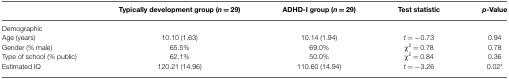
<table><thead><tr><td></td><td><b>Typically development group (<i>n</i> = 29)</b></td><td><b>ADHD-I group (<i>n</i> = 29)</b></td><td><b>Test statistic</b></td><td><b><i>p</i>-Value</b></td></tr></thead><tbody><tr><td>Demographic</td><td></td><td></td><td></td><td></td></tr><tr><td>Age (years)</td><td>10.10 (1.63)</td><td>10.14 (1.94)</td><td><i>t</i> = −0.73</td><td>0.94</td></tr><tr><td>Gender (% male)</td><td>65.5%</td><td>69.0%</td><td>χ<sup>2</sup> = 0.78</td><td>0.78</td></tr><tr><td>Type of school (% public)</td><td>62.1%</td><td>50.0%</td><td>χ<sup>2</sup> = 0.84</td><td>0.36</td></tr><tr><td>Estimated IQ</td><td>120.21 (14.96)</td><td>110.60 (14.94)</td><td><i>t</i> = −3.26</td><td>0.02*</td></tr></tbody></table>